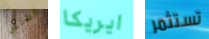
الخليل ايريكا تستثمر